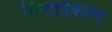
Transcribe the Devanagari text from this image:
गिऱ्हाईकाला